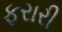
ફરારી